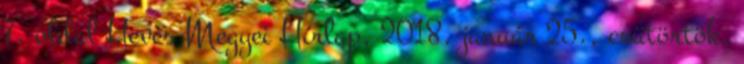
7. oldal Heves Megyei Hírlap, 2018. január 25., csütörtök,